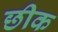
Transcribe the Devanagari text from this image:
छीक